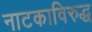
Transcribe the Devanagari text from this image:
नाटकाविरुद्ध